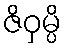
ဇိဝှမ္ပိ